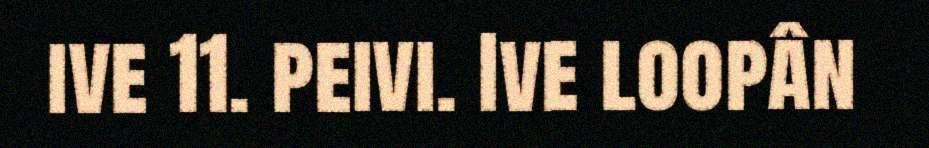
ive 11. peivi. Ive loopân